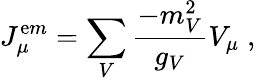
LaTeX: J_{\mu}^{\mathrm{e}m}=\sum_{V}\frac{{-m_{V}^{2}}}{{g_{V}}}V_{\mu}\; ,